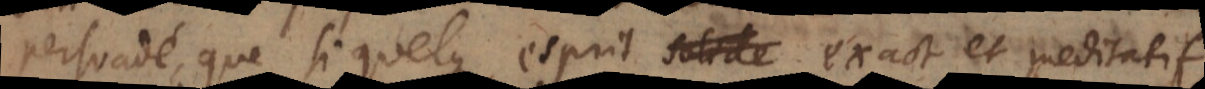
persuadé, que si quelque esprit solide exact et meditatif